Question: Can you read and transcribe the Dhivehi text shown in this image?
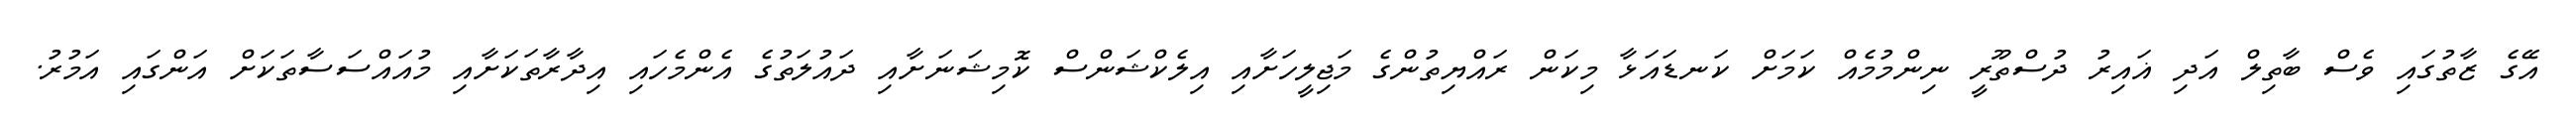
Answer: އޭގެ ޒާތުގައި ވެސް ބާތިލް އަދި ޣައިރު ދުސްތޫރީ ނިންމުމެއް ކަމަށް ކަނޑައަޅާ މިކަން ރައްޔިތުންގެ މަޖިލީހަށާއި އިލެކްޝަންސް ކޮމިޝަނަށާއި ދައުލަތުގެ އެންމެހައި އިދާރާތަކަށާއި މުއައްސަސާތަކަށް އަންގައި އަމުރު.